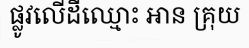
ផ្លូវលើដីឈ្មោះ អាន គ្រុយ